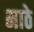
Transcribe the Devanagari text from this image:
माठे